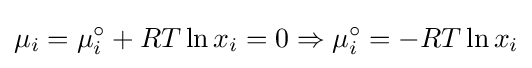
\mu _{i}=\mu _{i}^{\circ }+RT\ln x_{i}=0\Rightarrow \mu _{i}^{\circ }=-RT\ln x_{i}